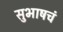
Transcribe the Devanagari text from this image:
सुभाषचं